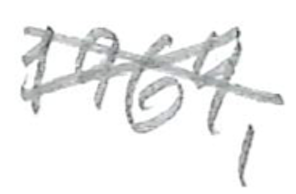
Text: 1964,
Cross-out: cross
Writing tool: pencil